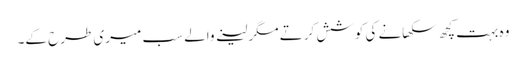
وہ بہت کچھ سکھانے کی کوشش کرتے مگر لینے والے سب میری طرح کے۔